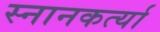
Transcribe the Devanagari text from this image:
स्नानकर्त्या